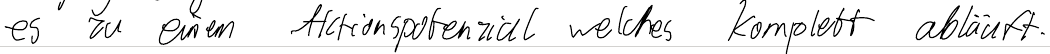
es zu einem Aktionspotenzial welches komplett abläuft.